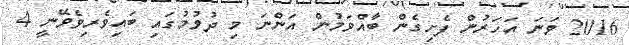
2016 ވަނަ އަހަރުން ފެށިގެން ބާއްވަމުން އަންނަ މި ދުވުމުގައި ބައިވެރިވެވޭނީ 4